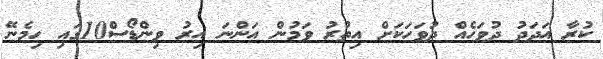
ކުރާ އަދަދު ދުވަހެއް ދުވަހަކަށް އިތުރު ވަމުން އަންނަ އިރު ވިންޑޯސް10ގައި ހިމެނޭ